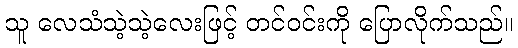
သူ လေသံသဲ့သဲ့လေးဖြင့် တင်ဝင်းကို ပြောလိုက်သည်။